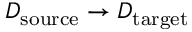
D _ { \mathrm { s o u r c e } } \to D _ { \mathrm { t a r g e t } }